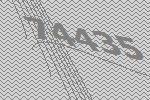
74435